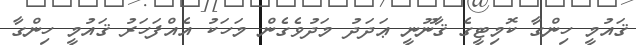
ޤައުމީ ހިންގާ ކޮމިޓީގެ ޤާނޫނީ ޢަދަދު މަދުވެގެން މަހަކު އެއްފަހަރު ޤައުމީ ހިންގާ